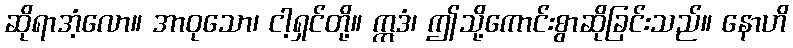
ဆိုရာအံ့လော။ အာဝုသော၊ ငါ့ရှင်တို့။ ဣဒံ၊ ဤသို့ကောင်းစွာဆိုခြင်းသည်။ နောဟိ